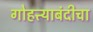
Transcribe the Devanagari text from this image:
गोहत्त्याबंदीचा